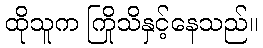
ထိုသူက ကြိုသိနှင့်နေသည်။